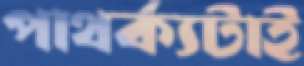
পাথর্ক্যটাই